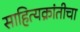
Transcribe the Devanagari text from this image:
साहित्यक्रांतीचा